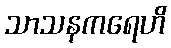
သာသနကရေဟိ